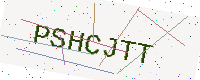
Text: PSHCJTT